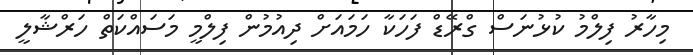
މިހާރު ފިލްމު ކުޅުނަސް ގްރޭޑް ފަހަކާ ހަމައަށް ދިއުމުން ފިލްމީ މަސައްކަތް ހަރްޝާލީ